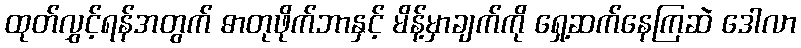
ထုတ်လွှင့်ရန်အတွက် ဓာတုဖိုက်ဘာနှင့် မိန့်မှာချက်ကို ရှေ့ဆက်နေကြဆဲ ဒေါလာ